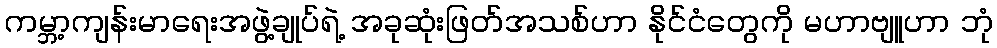
ကမ္ဘာ့ကျန်းမာရေးအဖွဲ့ချုပ်ရဲ့ အခုဆုံးဖြတ်အသစ်ဟာ နိုင်ငံတွေကို မဟာဗျူဟာ ဘုံ